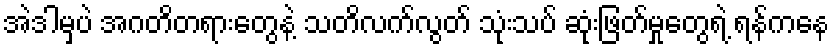
အဲဒါမှပဲ အဂတိတရားတွေနဲ့ သတိလက်လွတ် သုံးသပ် ဆုံးဖြတ်မှုတွေရဲ့ ရန်ကနေ